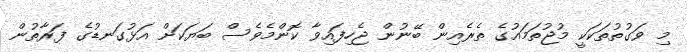
މި ވަގުތުތަކަކީ މުޖުތަމައުގެ ތެރެއިން ބޭނުން ޖެހިފައިވާ ކޮންމެވެސް ބަޔަކަށް އަޅުގަނޑުގެ ފަރާތުން